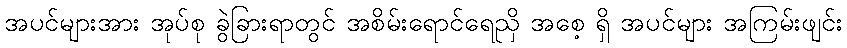
အပင်များအား အုပ်စု ခွဲခြားရာတွင် အစိမ်းရောင်ရေညှိ အစေ့ ရှိ အပင်များ အကြမ်းဖျင်း